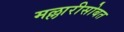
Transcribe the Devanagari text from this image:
मल्लारीसोबत